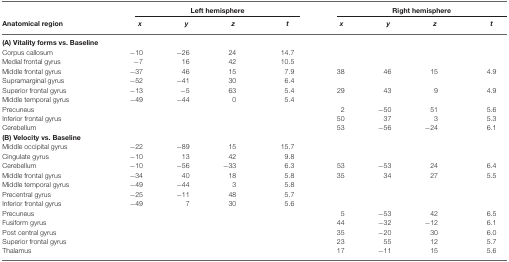
<table><thead><tr><td></td><td colspan="4"><b>Left hemisphere</b></td><td colspan="4"><b>Right hemisphere</b></td></tr><tr><td><b>Anatomical region</b></td><td><b><i>x</i></b></td><td><b><i>y</i></b></td><td><b><i>z</i></b></td><td><b><i>t</i></b></td><td><b><i>x</i></b></td><td><b><i>y</i></b></td><td><b><i>z</i></b></td><td><b><i>t</i></b></td></tr></thead><tbody><tr><td><b>(A) Vitality forms vs. Baseline</b></td></tr><tr><td>Corpus callosum</td><td>−10</td><td>−26</td><td>24</td><td>14.7</td></tr><tr><td>Medial frontal gyrus</td><td>−7</td><td>16</td><td>42</td><td>10.5</td></tr><tr><td>Middle frontal gyrus</td><td>−37</td><td>46</td><td>15</td><td>7.9</td><td>38</td><td>46</td><td>15</td><td>4.9</td></tr><tr><td>Supramarginal gyrus</td><td>−52</td><td>−41</td><td>30</td><td>6.4</td></tr><tr><td>Superior frontal gyrus</td><td>−13</td><td>−5</td><td>63</td><td>5.4</td><td>29</td><td>43</td><td>9</td><td>4.9</td></tr><tr><td>Middle temporal gyrus</td><td>−49</td><td>−44</td><td>0</td><td>5.4</td></tr><tr><td>Precuneus</td><td></td><td></td><td></td><td></td><td>2</td><td>−50</td><td>51</td><td>5.6</td></tr><tr><td>Inferior frontal gyrus</td><td></td><td></td><td></td><td></td><td>50</td><td>37</td><td>3</td><td>5.3</td></tr><tr><td>Cerebellum</td><td></td><td></td><td></td><td></td><td>53</td><td>−56</td><td>−24</td><td>6.1</td></tr><tr><td><b>(B) Velocity vs. Baseline</b></td></tr><tr><td>Middle occipital gyrus</td><td>−22</td><td>−89</td><td>15</td><td>15.7</td></tr><tr><td>Cingulate gyrus</td><td>−10</td><td>13</td><td>42</td><td>9.8</td></tr><tr><td>Cerebellum</td><td>−10</td><td>−56</td><td>−33</td><td>6.3</td><td>53</td><td>−53</td><td>24</td><td>6.4</td></tr><tr><td>Middle frontal gyrus</td><td>−34</td><td>40</td><td>18</td><td>5.8</td><td>35</td><td>34</td><td>27</td><td>5.5</td></tr><tr><td>Middle temporal gyrus</td><td>−49</td><td>−44</td><td>3</td><td>5.8</td></tr><tr><td>Precentral gyrus</td><td>−25</td><td>−11</td><td>48</td><td>5.7</td></tr><tr><td>Inferior frontal gyrus</td><td>−49</td><td>7</td><td>30</td><td>5.6</td></tr><tr><td>Precuneus</td><td></td><td></td><td></td><td></td><td>5</td><td>−53</td><td>42</td><td>6.5</td></tr><tr><td>Fusiform gyrus</td><td></td><td></td><td></td><td></td><td>44</td><td>−32</td><td>−12</td><td>6.1</td></tr><tr><td>Post central gyrus</td><td></td><td></td><td></td><td></td><td>35</td><td>−20</td><td>30</td><td>6.0</td></tr><tr><td>Superior frontal gyrus</td><td></td><td></td><td></td><td></td><td>23</td><td>55</td><td>12</td><td>5.7</td></tr><tr><td>Thalamus</td><td></td><td></td><td></td><td></td><td>17</td><td>−11</td><td>15</td><td>5.6</td></tr></tbody></table>